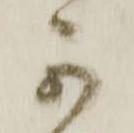
可